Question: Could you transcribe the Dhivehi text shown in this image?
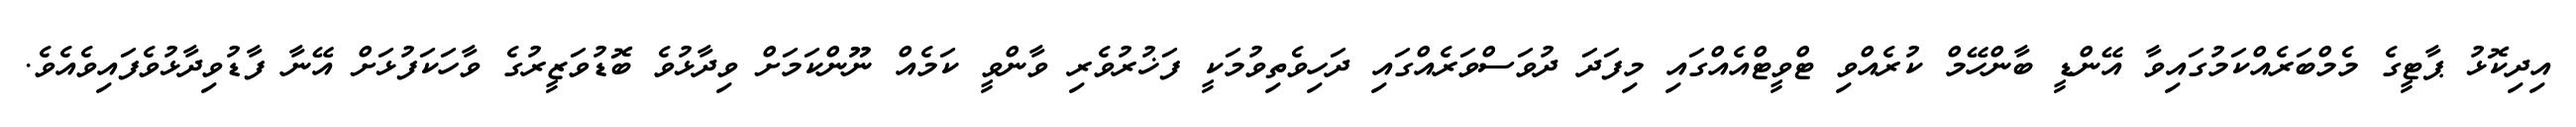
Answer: އިދިކޮޅު ޕާޓީގެ މެމްބަރެއްކަމުގައިވާ އޭންޑީ ބާންހޭމް ކުރެއްވި ޓްވީޓްއެއްގައި މިފަދަ ދުވަސްވަރެއްގައި ދަހިވެތިވުމަކީ ފަޚުރުވެރި ވާންވީ ކަމެއް ނޫންކަމަށް ވިދާޅުވެ ބޮޑުވަޒީރުގެ ވާހަކަފުޅަށް އޭނާ ފާޑުވިދާޅުވެފައިވެއެވެ.